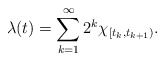
\begin{align*}\lambda(t)=\sum_{k=1}^{\infty}2^k\chi_{[t_k,t_{k+1})}.\end{align*}